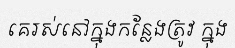
គេរស់នៅក្នុងកន្លែងត្រូវ ក្នុង